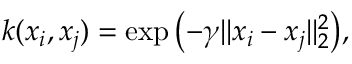
k ( x _ { i } , x _ { j } ) = \exp { \left( - \gamma | | x _ { i } - x _ { j } | | _ { 2 } ^ { 2 } \right) } ,